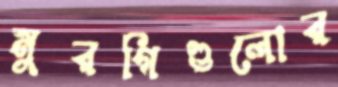
মুরগিগুলোর